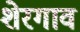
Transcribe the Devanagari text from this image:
शेरगाव